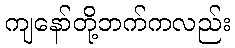
ကျနော်တို့ဘက်ကလည်း